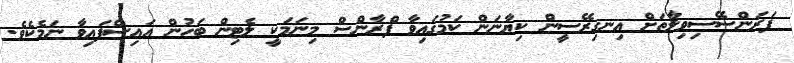
ފަރަންސޭސިވިލާތަށް އިނގިރޭސީން ކިޔާނަން ކަމުގައިވާ ފްރާންސް މިނަމަކީ ލެޓިން ބަހުން އައިސްފައިވާ ނަމެކެވެ.